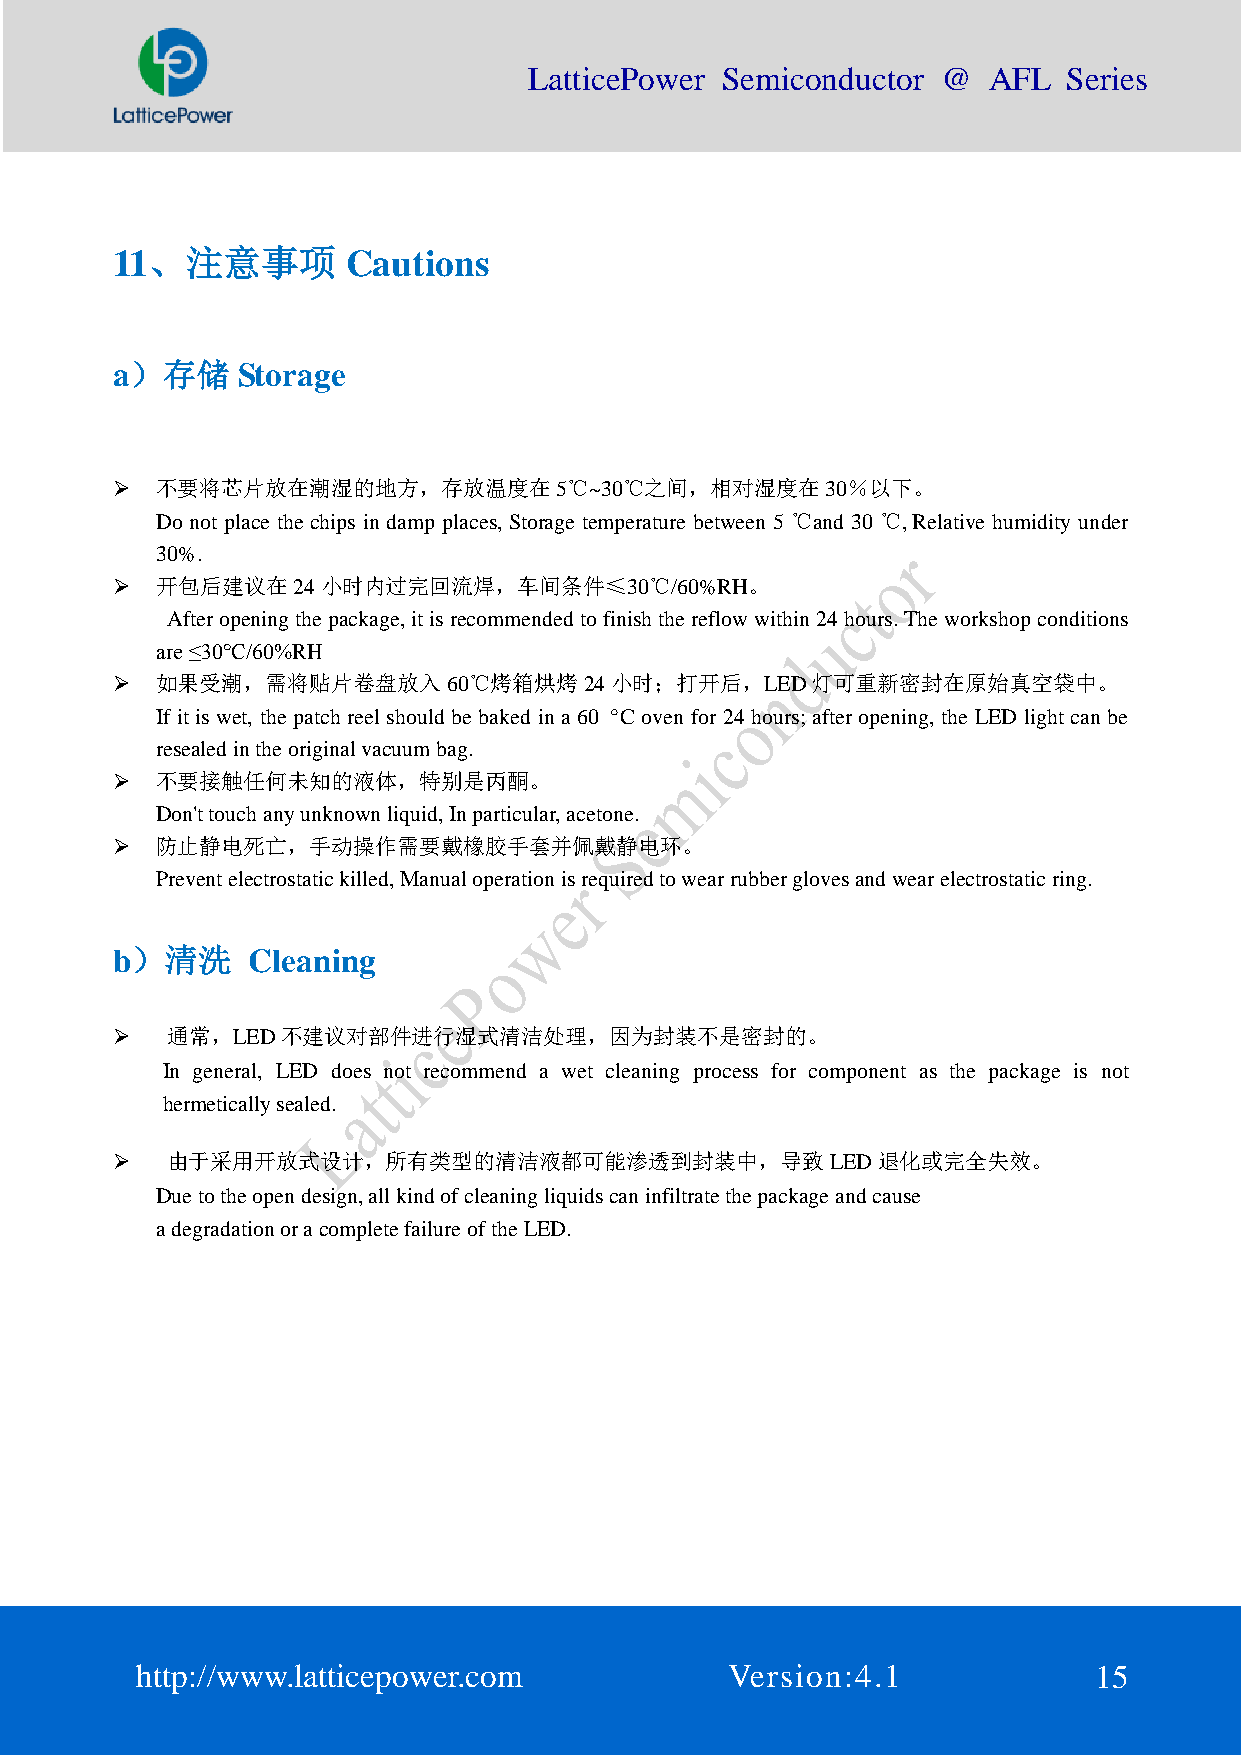
LatticePower Semiconductor @  AFL   Series
 11、注意事项         Cautions
 a）存储     Storage
   不要将芯片放在潮湿的地方，存放温度在5℃~30℃之间，相对湿度在30％以下。
 Do not place the chips in damp places, Storage temperature between 5 ℃and 30 ℃, Relative humidity under
 30%.
   开包后建议在24小时内过完回流焊，车间条件≤30℃/60%RH。
 After opening the package, it is recommended to finish the reflow within 24 hours. The workshop conditions
 are ≤30°C/60%RH
   如果受潮，需将贴片卷盘放入60℃烤箱烘烤24小时；打开后，LED灯可重新密封在原始真空袋中。
 If it is wet, the patch reel should be baked in a 60 ° C oven for 24 hours; after opening, the LED light can be
 resealed in the original vacuum bag.
   不要接触任何未知的液体，特别是丙酮。
 Don't touch any unknown liquid, In particular, acetone.
   防止静电死亡，手动操作需要戴橡胶手套并佩戴静电环。
 Prevent electrostatic killed, Manual operation is required to wear rubber gloves and wear electrostatic ring.
 b）清洗     Cleaning
    通常，LED不建议对部件进行湿式清洁处理，因为封装不是密封的。
 In general, LED does not recommend a wet cleaning process for component as the package is not
 hermetically sealed.
    由于采用开放式设计，所有类型的清洁液都可能渗透到封装中，导致LED退化或完全失效。
 Due to the open design, all kind of cleaning liquids can infiltrate the package and cause
 a degradation or a complete failure of the LED.
 http://www.latticepower.com            Version:4.1             15